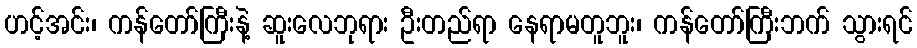
ဟင့်အင်း၊ ကန်တော်ကြီးနဲ့ ဆူးလေဘုရား ဦးတည်ရာ နေရာမတူဘူး၊ ကန်တော်ကြီးဘက် သွားရင်